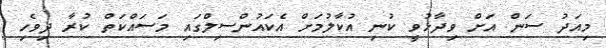
މިއަދު ސަން އަށް ވިދާޅުވީ ކުނި އުކާލުމަށް އެކައުންސިލްގައި މަސައްކަތް ކުރާ ދިވެހި